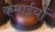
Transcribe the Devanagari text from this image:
कमाईयों